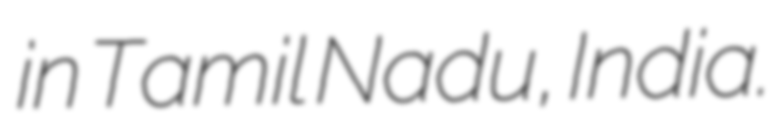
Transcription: in Tamil Nadu, India.